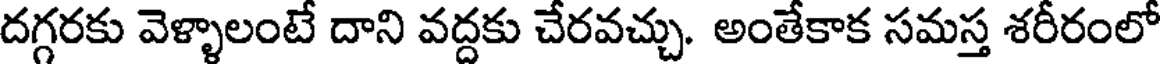
దగ్గరకు వెళ్ళాలంటే దాని వద్దకు చేరవచ్చు. అంతేకాక సమస్త శరీరంలో